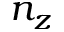
n _ { z }